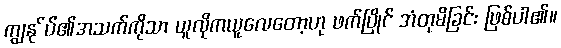
ကျွနု်ပ်၏အသက်ကိုသာ ယူလိုကယူလေတော့ဟု ဖက်ပြိုင် အံတုမိခြင်း ဖြစ်ပါ၏။